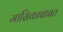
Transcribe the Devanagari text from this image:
मासिकाबाबत